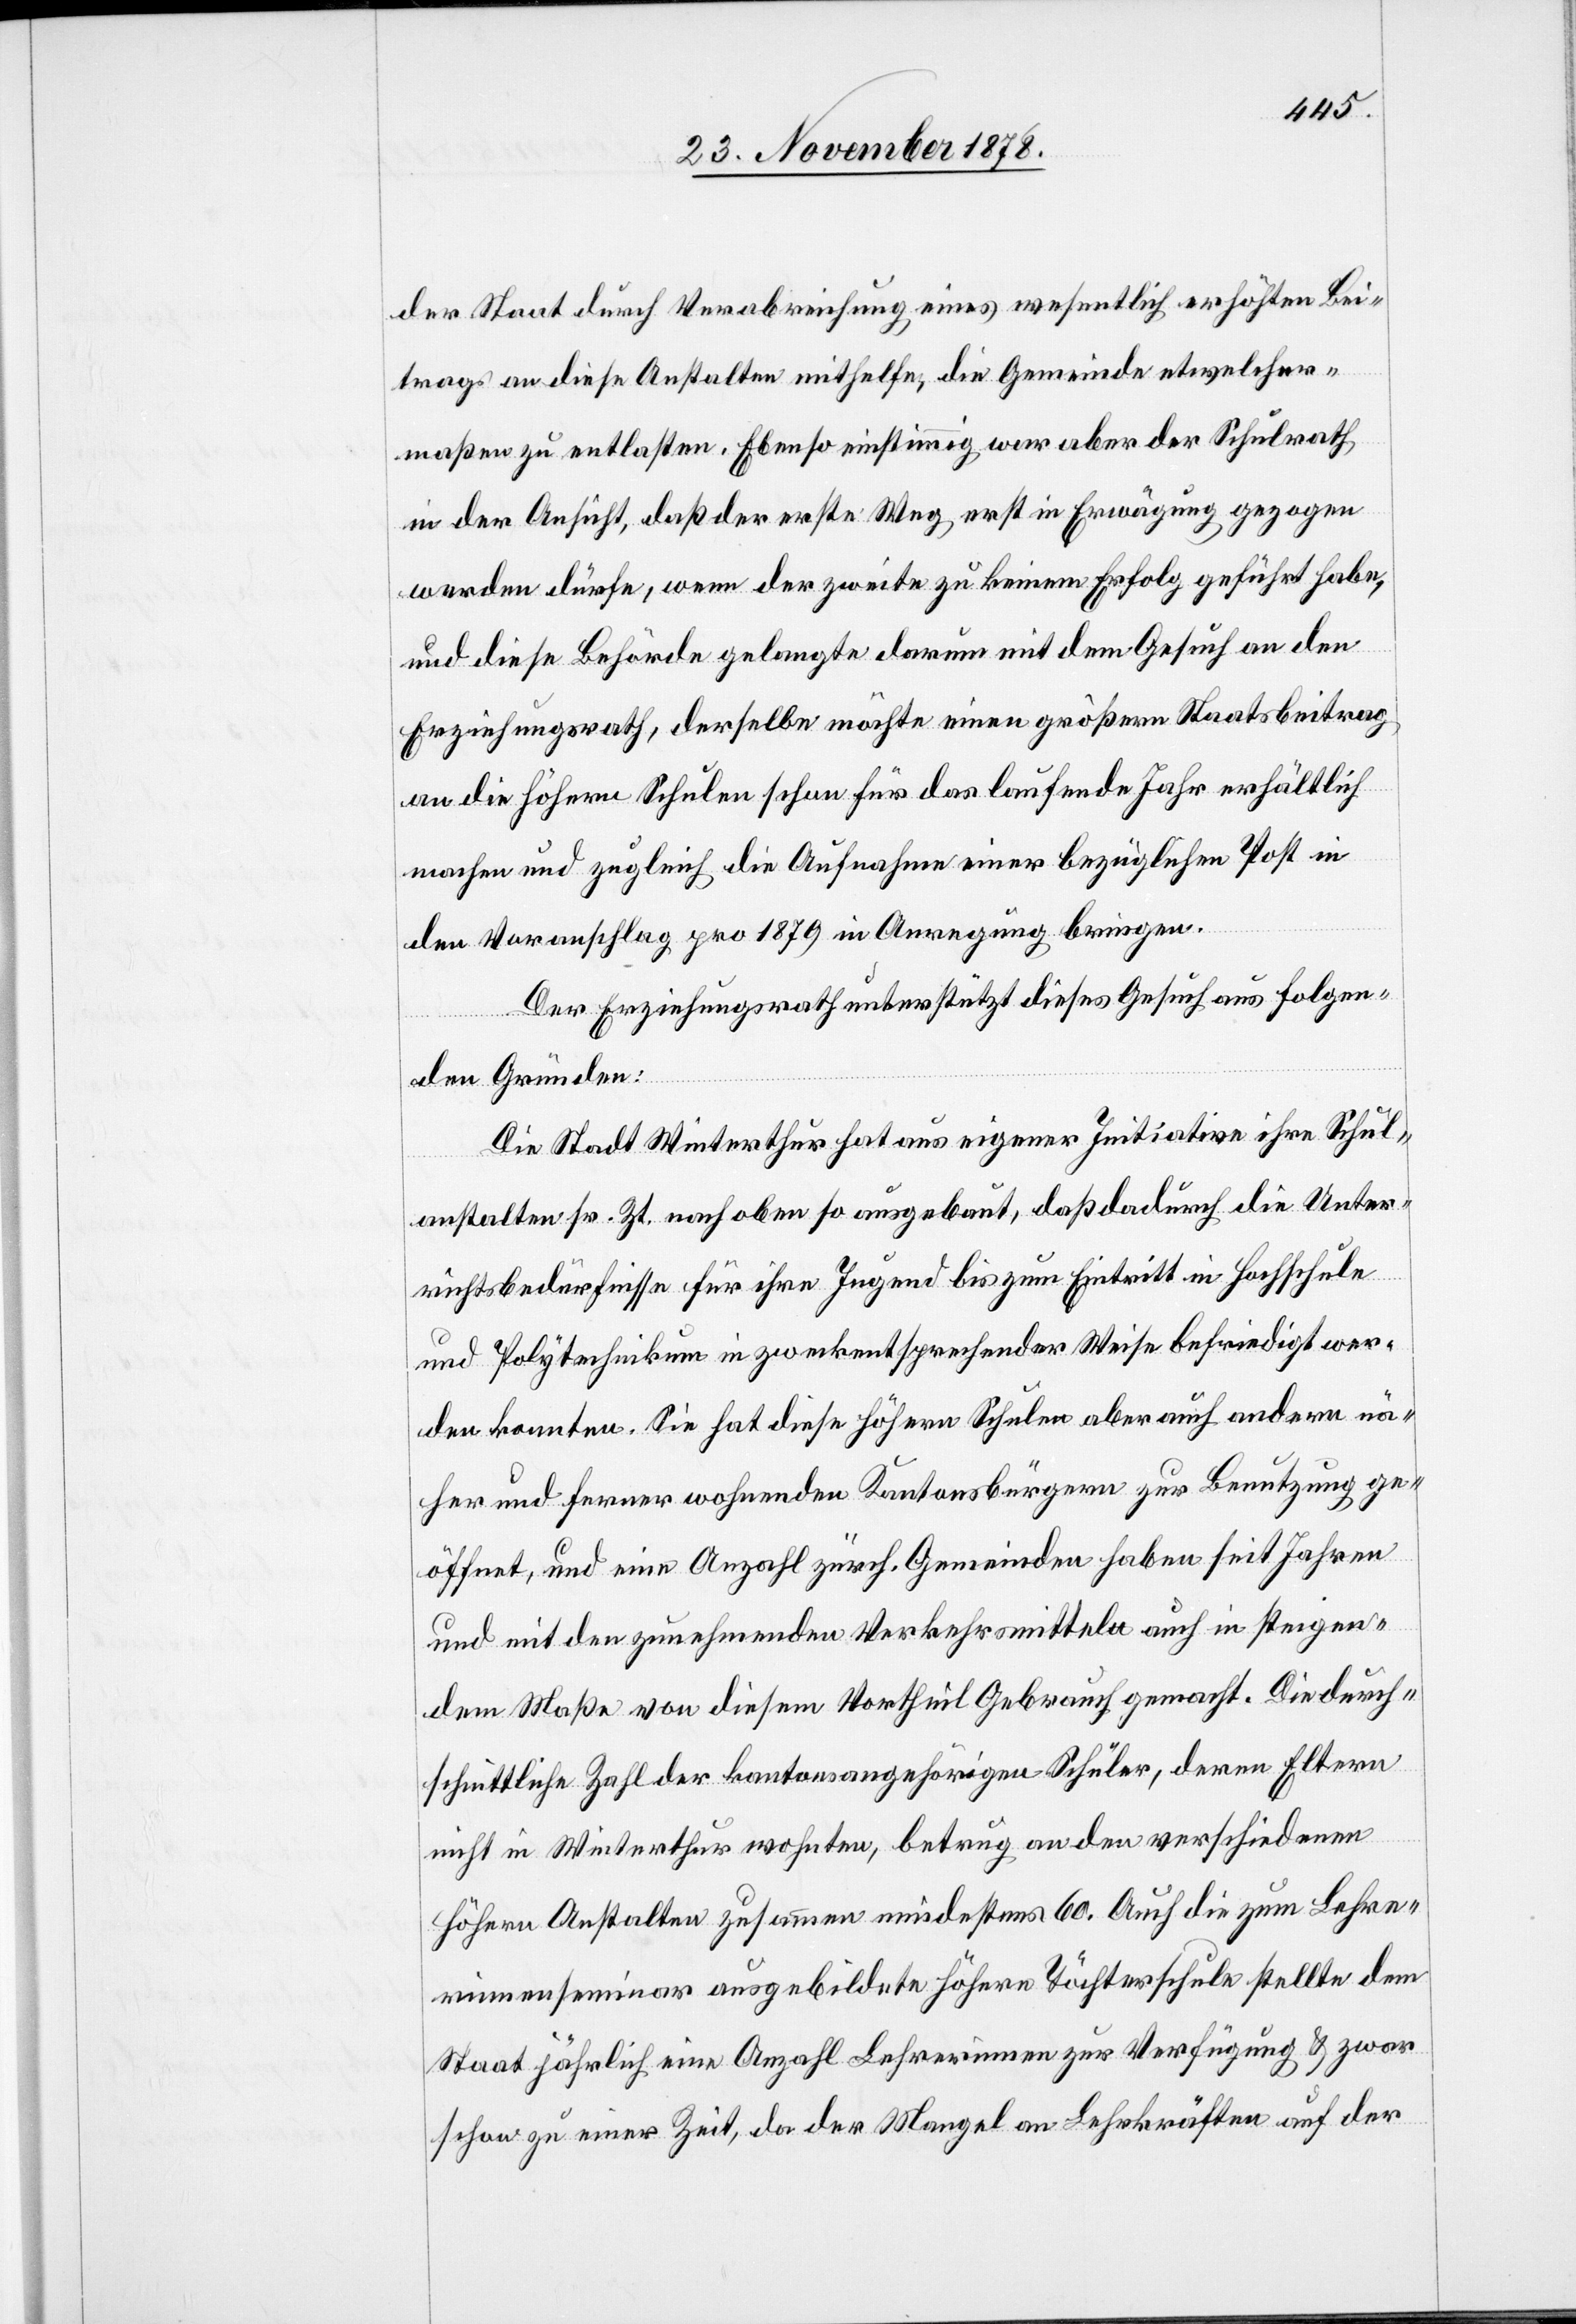
der Staat durch Verabreichung eines wesentlich erhöhten Bei¬
trags an diese Anstalten mithelfe, die Gemeinde etwelcher¬
maßen zu entlasten. Ebenso einstimmig war aber der Schulrath
in der Ansicht, daß der erste Weg erst in Erwägung gezogen
werden dürfe, wenn der zweite zu keinem Erfolg geführt habe,
und diese Behörde gelangte darum mit dem Gesuch an den
Erziehungsrath, derselbe möchte einen größern Staatsbeitrag
an die höhern Schulen schon für das laufende Jahr erhältlich
machen und zugleich die Aufnahme einer bezüglichen Post in
den Voranschlag pro 1879 in Anregung bringen.
Der Erziehungsrath unterstützt dieses Gesuch aus folgen¬
den Gründen:
Die Stadt Winterthur hat aus eigener Initiative ihre Schul¬
anstalten sr. Zt. nach oben so ausgebaut, daß dadurch die Unter¬
richtsbedürfnisse für ihre Jugend bis zum Eintritt in Hochschule
und Polytechnikum in zweckentsprechender Weise befriedigt wer¬
den konnten. Sie hat diese höhern Schulen aber auch andern nä¬
her und ferner wohnenden Kantonsbürgern zur Benutzung ge¬
öffnet, und eine Anzahl zürch. Gemeinden haben seit Jahren
und mit den zunehmenden Verkehrsmitteln auch in steigen¬
dem Maße von diesem Vortheil Gebrauch gemacht. Die durch¬
schnittliche Zahl der kantonsangehörigen Schüler, deren Eltern
nicht in Winterthur wohnten, betrug an den verschiedenen
höhern Anstalten zusammen mindestens 60. Auch die zum Lehre¬
rinnenseminar ausgebildete höhere Töchterschule stellte dem
Staat jährlich eine Anzahl Lehrerinnen zur Verfügung & zwar
schon zu einer Zeit, da der Mangel an Lehrkräften auf der